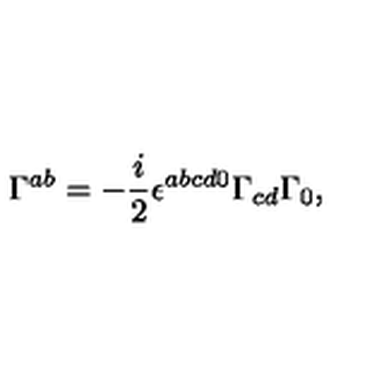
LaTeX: \Gamma ^ { a b } = - \frac i 2 \epsilon ^ { a b c d 0 } \Gamma _ { c d } \Gamma _ { 0 } ,